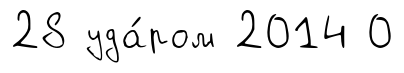
28 уда́ром 2014 0